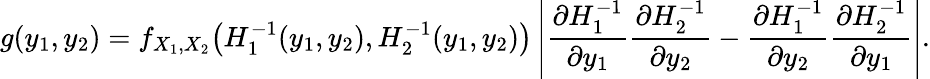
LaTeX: g(y_{1},y_{2})=f_{X_{1},X_{2}}{\big(}H_{1}^{-1}(y_{1},y_{2}),H_{2}^{-1}(y_{1},y_{2}){\big)}\left\vert{\frac{\partial H_{1}^{-1}}{\partial y_{1}}}{\frac{\partial H_{2}^{-1}}{\partial y_{2}}}-{\frac{\partial H_{1}^{-1}}{\partial y_{2}}}{\frac{\partial H_{2}^{-1}}{\partial y_{1}}}\right\vert.